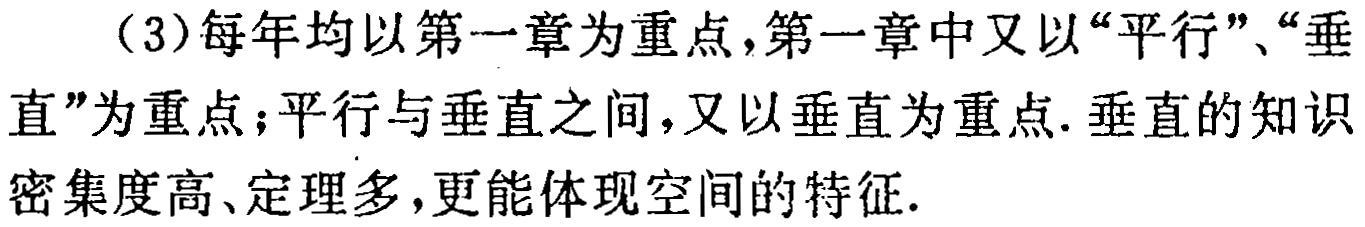
（3）每年均以第一章为重点,第一章中又以“平行”、“垂直”为重点；平行与垂直之间,又以垂直为重点. 垂直的知识密集度高、定理多,更能体现空间的特征.